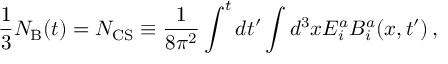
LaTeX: \frac { 1 } { 3 } N _ { \mathrm { B } } ( t ) = N _ { \mathrm { C S } } \equiv \frac { 1 } { 8 \pi ^ { 2 } } \int ^ { t } d t ^ { \prime } \int d ^ { 3 } x E _ { i } ^ { a } B _ { i } ^ { a } ( x , t ^ { \prime } ) \, ,